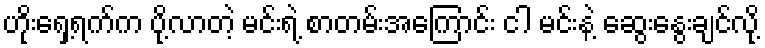
ဟိုးရှေ့ရက်က ပို့လာတဲ့ မင်းရဲ့ စာတမ်းအကြောင်း ငါ မင်းနဲ့ ဆွေးနွေးချင်လို့